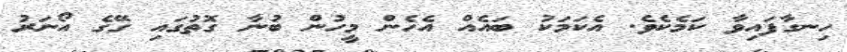
ހިނގާފައިވާ ކަމެކެވެ. އެކަމަކު ބައެއް އެހެން މީހުން ބުނާ ގޮތުގައި ގޭގެ އޯނަރު